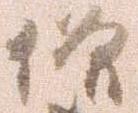
僧